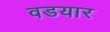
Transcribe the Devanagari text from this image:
वडयार